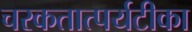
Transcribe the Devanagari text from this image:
चरकतात्पर्यटीका